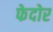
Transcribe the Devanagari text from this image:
फेदोर